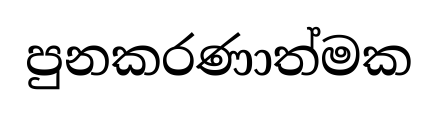
පුනකරණාත්මක